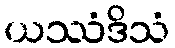
ယဿံဒိသံ